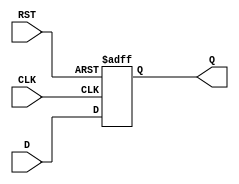
module REG #(parameter BUS_WIDTH = 1)
(   
    input   wire    [BUS_WIDTH - 1 : 0]     D   ,
    input   wire                            CLK ,
    input   wire                            RST ,
    output  reg     [BUS_WIDTH - 1 : 0]     Q   
);


    always @(posedge CLK, negedge RST) begin
        if(!RST)
            Q   <=  'b0;
        else
            Q   <=  D;
            
    end


endmodule